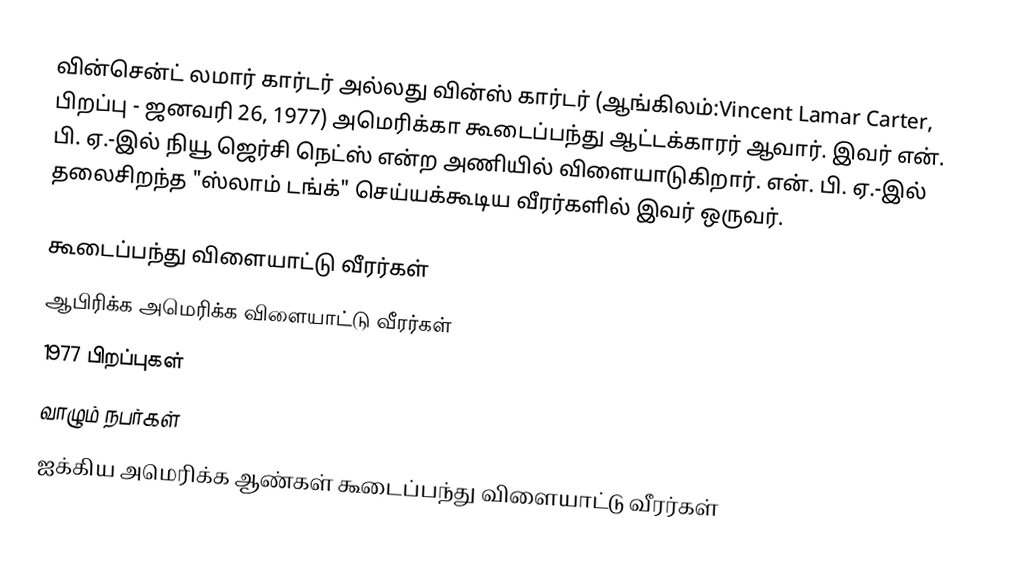
வின்சென்ட் லமார் கார்டர் அல்லது வின்ஸ் கார்டர் (ஆங்கிலம்:Vincent Lamar Carter, பிறப்பு - ஜனவரி 26, 1977) அமெரிக்கா கூடைப்பந்து ஆட்டக்காரர் ஆவார். இவர் என். பி. ஏ.-இல் நியூ ஜெர்சி நெட்ஸ் என்ற அணியில் விளையாடுகிறார். என். பி. ஏ.-இல் தலைசிறந்த "ஸ்லாம் டங்க்" செய்யக்கூடிய வீரர்களில் இவர் ஒருவர்.

கூடைப்பந்து விளையாட்டு வீரர்கள்
ஆபிரிக்க அமெரிக்க விளையாட்டு வீரர்கள்
1977 பிறப்புகள்
வாழும் நபர்கள்
ஐக்கிய அமெரிக்க ஆண்கள் கூடைப்பந்து விளையாட்டு வீரர்கள்